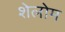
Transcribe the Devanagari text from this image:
शेलोम